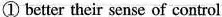
① better their sense of control